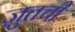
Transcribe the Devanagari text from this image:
ज़ुतची